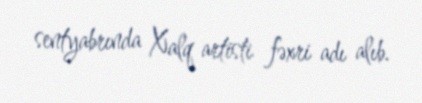
sentyabrında Xalq artisti fəxri adı alıb.